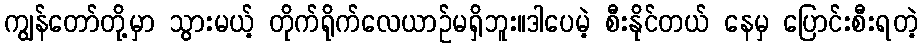
ကျွန်တော်တို့မှာ သွားမယ့် တိုက်ရိုက်လေယာဉ်မရှိဘူး။ဒါပေမဲ့ စီးနိုင်တယ် နေမှ ပြောင်းစီးရတဲ့